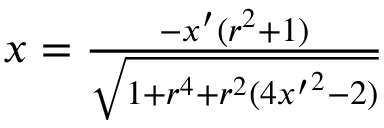
\begin{array} { r } { x = \frac { - x ^ { \prime } ( r ^ { 2 } + 1 ) } { \sqrt { 1 + r ^ { 4 } + r ^ { 2 } ( 4 { x ^ { \prime } } ^ { 2 } - 2 ) } } } \end{array}